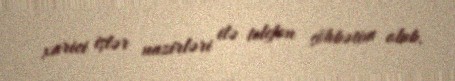
xarici işlər nazirləri ilə telefon söhbətim olub.